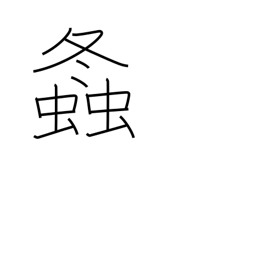
Meaning: grasshopper